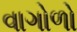
વાગોળો